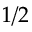
1 / 2